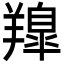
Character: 𮊳